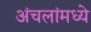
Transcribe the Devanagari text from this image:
अंचलांमध्ये